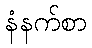
နံနက်စာ